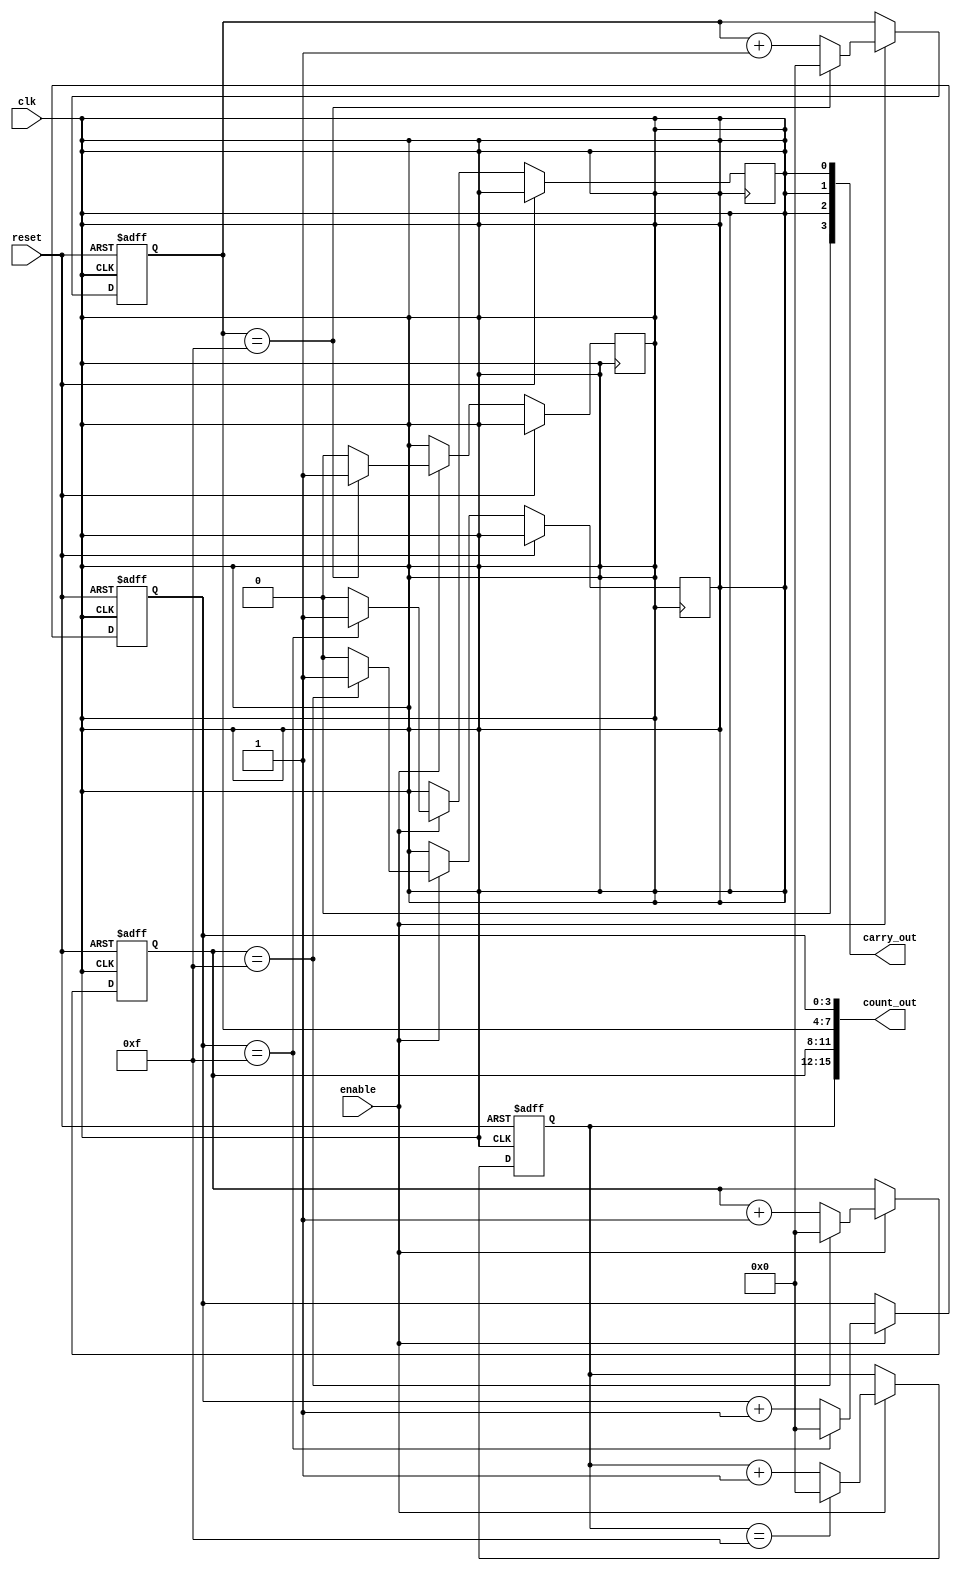
module cascaded_counter #(
    parameter N = 4,           // Bit width of each counter
    parameter NUM_COUNTERS = 4 // Number of cascaded counters
) (
    input wire clk,            // Clock input
    input wire reset,          // Asynchronous reset
    input wire enable,         // Enable signal for counting
    output wire [(N * NUM_COUNTERS) - 1:0] count_out, // Concatenated output of the counters
    output wire [NUM_COUNTERS - 1:0] carry_out // Carry out signals from each counter
);

    // Internal wire to hold carry signals
    wire [NUM_COUNTERS - 1:0] carry;
    
    // Generate the cascaded counters
    genvar i;
    generate
        for (i = 0; i < NUM_COUNTERS; i = i + 1) begin : counter_block
            // Each counter's output
            reg [N-1:0] count;
            always @(posedge clk or posedge reset) begin
                if (reset) begin
                    count <= 0;
                end else if (enable) begin
                    if (count == (1 << N) - 1) begin
                        count <= 0;
                        carry[i] <= 1'b1; // Set carry when overflow occurs
                    end else begin
                        count <= count + 1;
                        carry[i] <= 1'b0; // No carry
                    end
                end
            end
            
            // Assign carry out for all but the last counter
            if (i < NUM_COUNTERS - 1) begin
                assign carry_out[i] = carry[i];
            end else begin
                assign carry_out[i] = 1'b0; // Last counter's carry out is not used
            end
            
            // Connect the clock of the next counter to the carry of the current counter
            if (i > 0) begin
                assign clk = carry[i - 1]; // Connect carry to the clock of the next counter
            end
            
            // Assign output
            assign count_out[(i+1)*N-1:i*N] = count; // Concatenate output
        end
    endgenerate

endmodule